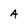
Character: a